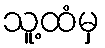
သူ့ထံမှ